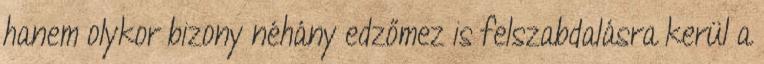
hanem olykor bizony néhány edzőmez is felszabdalásra kerül a